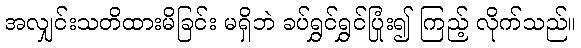
အလျှင်းသတိထားမိခြင်း မရှိဘဲ ခပ်ရွှင်ရွှင်ပြုံး၍ ကြည့် လိုက်သည်။